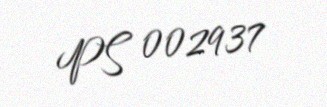
PS 002937